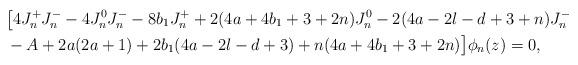
LaTeX: \begin{align*} & \bigl[4J_n^+ J_n^- - 4 J_n^0 J_n^- - 8b_1 J_n^+ + 2(4a+4b_1+3+2n) J_n^0 - 2(4a-2l-d+3+n) J_n^- \\ & - A + 2a(2a+1) + 2b_1(4a-2l-d+3) + n(4a+4b_1+3+2n)\bigr] \phi_n(z) = 0,\end{align*}